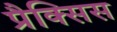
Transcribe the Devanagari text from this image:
प्रैक्सिस